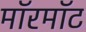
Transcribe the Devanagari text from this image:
मॉरमॉट